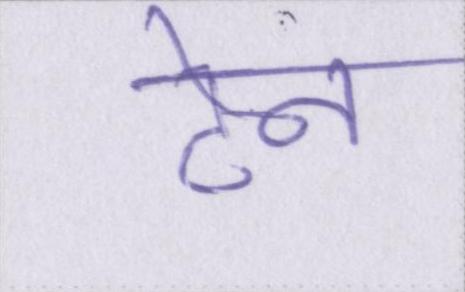
टेन